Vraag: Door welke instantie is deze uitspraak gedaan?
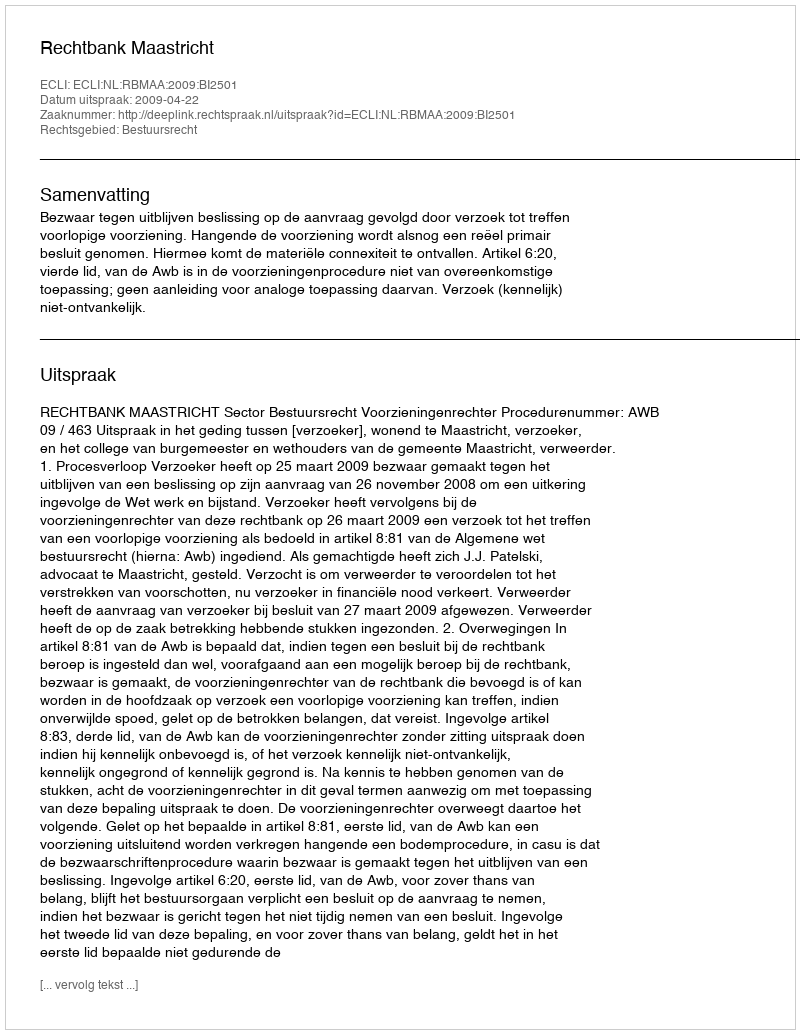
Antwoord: Rechtbank Maastricht